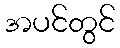
အပင်တွင်